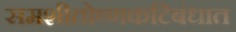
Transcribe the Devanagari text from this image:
समशीतोष्णकटिबंधात